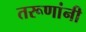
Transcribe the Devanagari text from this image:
तरूणांनी